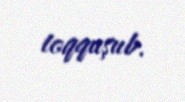
toqquşub.